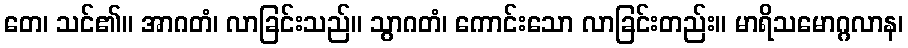
တေ၊ သင်၏။ အာဂတံ၊ လာခြင်းသည်။ သွာဂတံ၊ ကောင်းသော လာခြင်းတည်း။ မာရိသမောဂ္ဂလာန၊